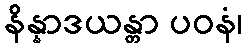
နိန္နာဒယန္တာ ပဝနံ၊